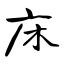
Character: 床